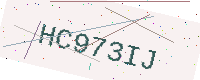
Text: HC973IJ